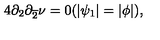
4 \partial _ { 2 } \partial _ { \overline { { 2 } } } \nu = 0 ( | \psi _ { 1 } | = | \phi | ) ,